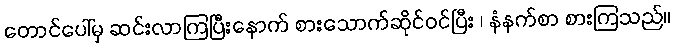
တောင်ပေါ်မှ ဆင်းလာကြပြီးနောက် စားသောက်ဆိုင်ဝင်ပြီး ၊ နံနက်စာ စားကြသည်။